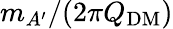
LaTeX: m_{A^{\prime}}/(2\pi Q_{\mathrm{DM}})